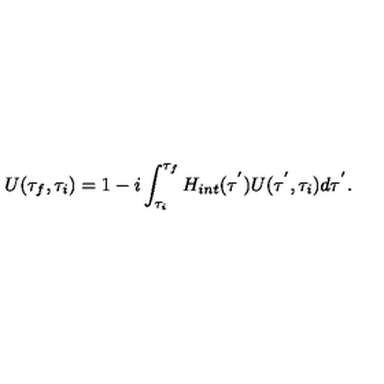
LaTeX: U ( \tau _ { f } , \tau _ { i } ) = 1 - i \int _ { \tau _ { i } } ^ { \tau _ { f } } H _ { i n t } ( \tau ^ { ' } ) U ( \tau ^ { ' } , \tau _ { i } ) d \tau ^ { ' } .